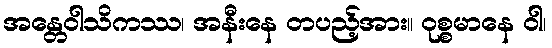
အန္တေဝါသိကဿ၊ အနီးနေ တပည့်အား။ ဝုစ္စမာနေ ဝါ၊